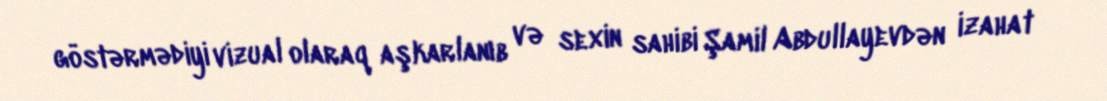
göstərmədiyi vizual olaraq aşkarlanıb və sexin sahibi Şamil Abdullayevdən izahat